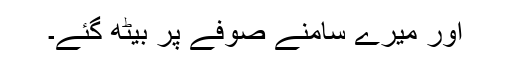
اور میرے سامنے صوفے پر بیٹھ گئے۔